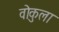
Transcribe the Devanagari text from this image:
वोकुला